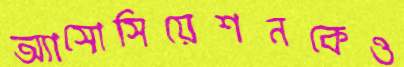
অ্যাসোসিয়েশনকেও